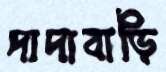
দাদাবাড়ি